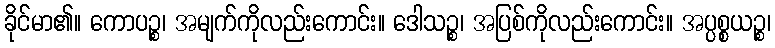
ခိုင်မာ၏။ ကောပဉ္စ၊ အမျက်ကိုလည်းကောင်း။ ဒေါသဉ္စ၊ အပြစ်ကိုလည်းကောင်း။ အပ္ပစ္စယဉ္စ၊